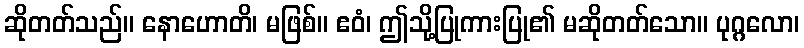
ဆိုတတ်သည်။ နောဟောတိ၊ မဖြစ်။ ဧဝံ၊ ဤသို့ပြုကားပြု၏ မဆိုတတ်သော။ ပုဂ္ဂလော၊